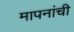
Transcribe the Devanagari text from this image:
मापनांची